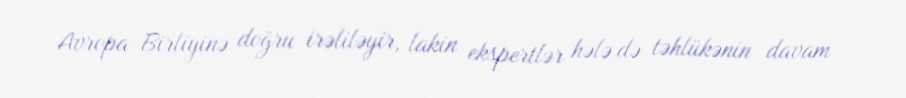
Avropa Birliyinə doğru irəliləyir, lakin ekspertlər hələ də təhlükənin davam